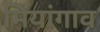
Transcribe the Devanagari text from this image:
मियांगाव